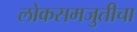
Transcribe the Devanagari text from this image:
लोकसमजुतीचा